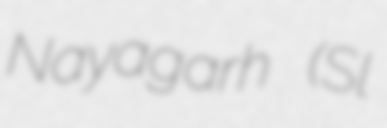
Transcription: Nayagarh (Sl